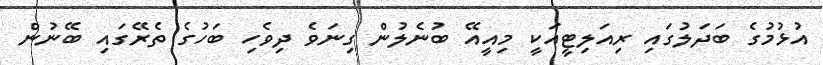
އުޅުމުގެ ބަދަލުގައި ރިއަލިޓީއަކީ މިއީއޭ ބުނެލުން ގިނަވެ ދިވެހި ބަހުގެ ތެރޭގައި ބޭނުން